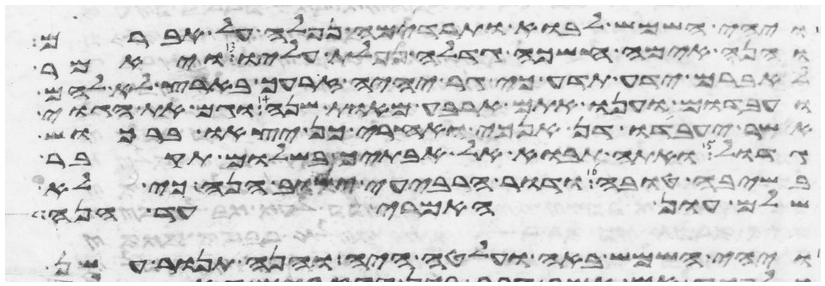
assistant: ויהי השמש לבוא ותרדמה נפלה על אברם
והנה אימה חשכה גדלה נפלת עליו ויאמר
לאברם ידע תדע כי גר יהיה זרעך בארץ לא להם
ועבדום וענו אתם ארבע מאות שנה וגם את הגוי
אשר יעבדו דן אנכי ואחרי כן יצאו ברכוש
גדול ואתה תבוא אל אבתיך בשלום תקבר
בשיבה טובה ודור הרביעי ישוב הנה כי לא
שלם עון האמרי עד הנה
ויהי השמש באה ועלטה היה והנה תנור עשן